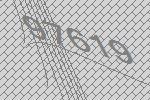
97619